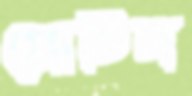
প্রোটিন